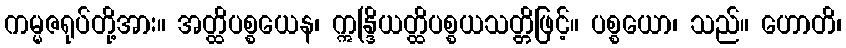
ကမ္မဇရုပ်တို့အား။ အတ္ထိပစ္စယေန၊ ဣန္ဒြိယတ္ထိပစ္စယသတ္တိဖြင့်။ ပစ္စယော၊ သည်။ ဟောတိ၊